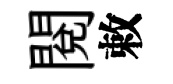
閱敕